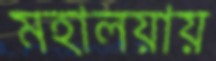
মহালয়ায়